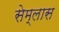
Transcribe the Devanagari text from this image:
सेम्लास